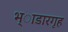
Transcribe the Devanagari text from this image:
भ्ाडारगृह